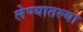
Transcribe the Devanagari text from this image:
लेण्यातल्या